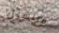
ميتشيل